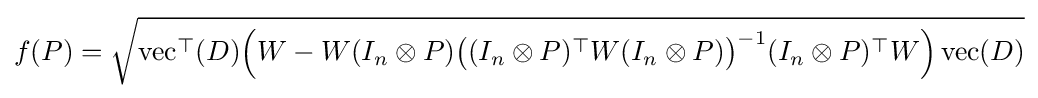
f(P)={\sqrt {\operatorname {vec} ^{\top }(D){\Big (}W-W(I_{n}\otimes P){\big (}(I_{n}\otimes P)^{\top }W(I_{n}\otimes P){\big )}^{-1}(I_{n}\otimes P)^{\top }W{\Big )}\operatorname {vec} (D)}}